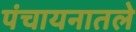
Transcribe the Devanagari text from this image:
पंचायनातले